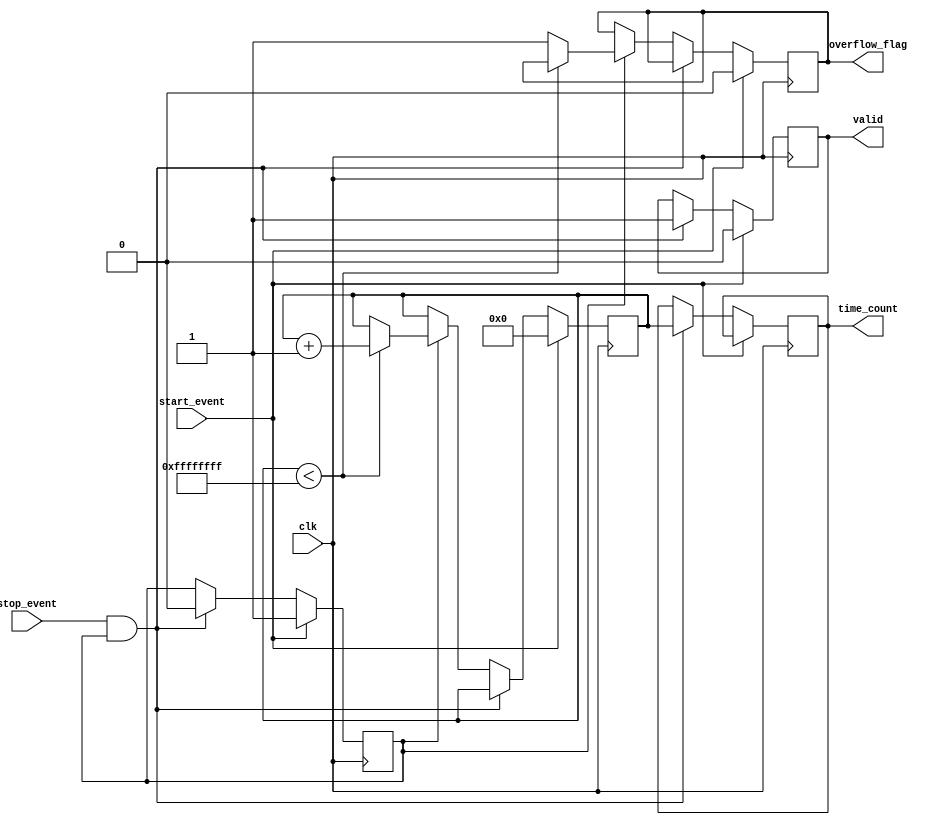
module TimeToDigitalConverter (
    input wire clk,               // High-frequency clock
    input wire start_event,       // Start event signal
    input wire stop_event,        // Stop event signal
    output reg [31:0] time_count, // Output time interval count
    output reg overflow_flag,      // Overflow flag
    output reg valid              // Indicates valid output
);

    reg [31:0] counter;           // Counter for clock cycles
    reg counting;                 // State to indicate counting status

    // Parameters
    parameter MAX_COUNT = 32'hFFFFFFFF; // Maximum count value for overflow

    // Control Logic
    always @(posedge clk) begin
        if (start_event) begin
            // Reset counter and start counting
            counter <= 0;
            counting <= 1;
            valid <= 0; // Output is not valid until stopped
            overflow_flag <= 0; // Reset overflow flag
        end else if (stop_event && counting) begin
            // Stop counting and latch the count
            counting <= 0;
            time_count <= counter;
            valid <= 1; // Output is now valid
        end else if (counting) begin
            // Increment counter if counting
            if (counter < MAX_COUNT) begin
                counter <= counter + 1;
            end else begin
                // Handle overflow
                overflow_flag <= 1;
            end
        end
    end

endmodule